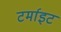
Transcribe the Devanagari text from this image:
टर्माइट